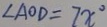
\angle A O D = 7 x ^ { \circ }